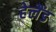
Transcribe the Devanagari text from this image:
हेलैंड